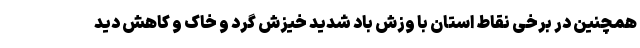
همچنین در برخی نقاط استان با وزش باد شدید خیزش گرد و خاک و کاهش دید